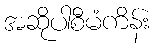
အဆိုပါစီမံကိန်း